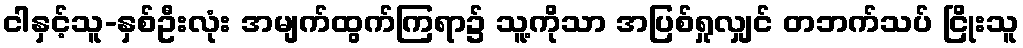
ငါနှင့်သူ-နှစ်ဦးလုံး အမျက်ထွက်ကြရာ၌ သူ့ကိုသာ အပြစ်ရှုလျှင် တဘက်သပ် ငြိုးသူ